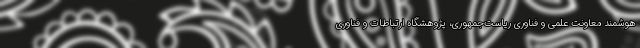
هوشمند معاونت علمی و فناوری ریاست‌جمهوری، پژوهشگاه ارتباطات و فناوری